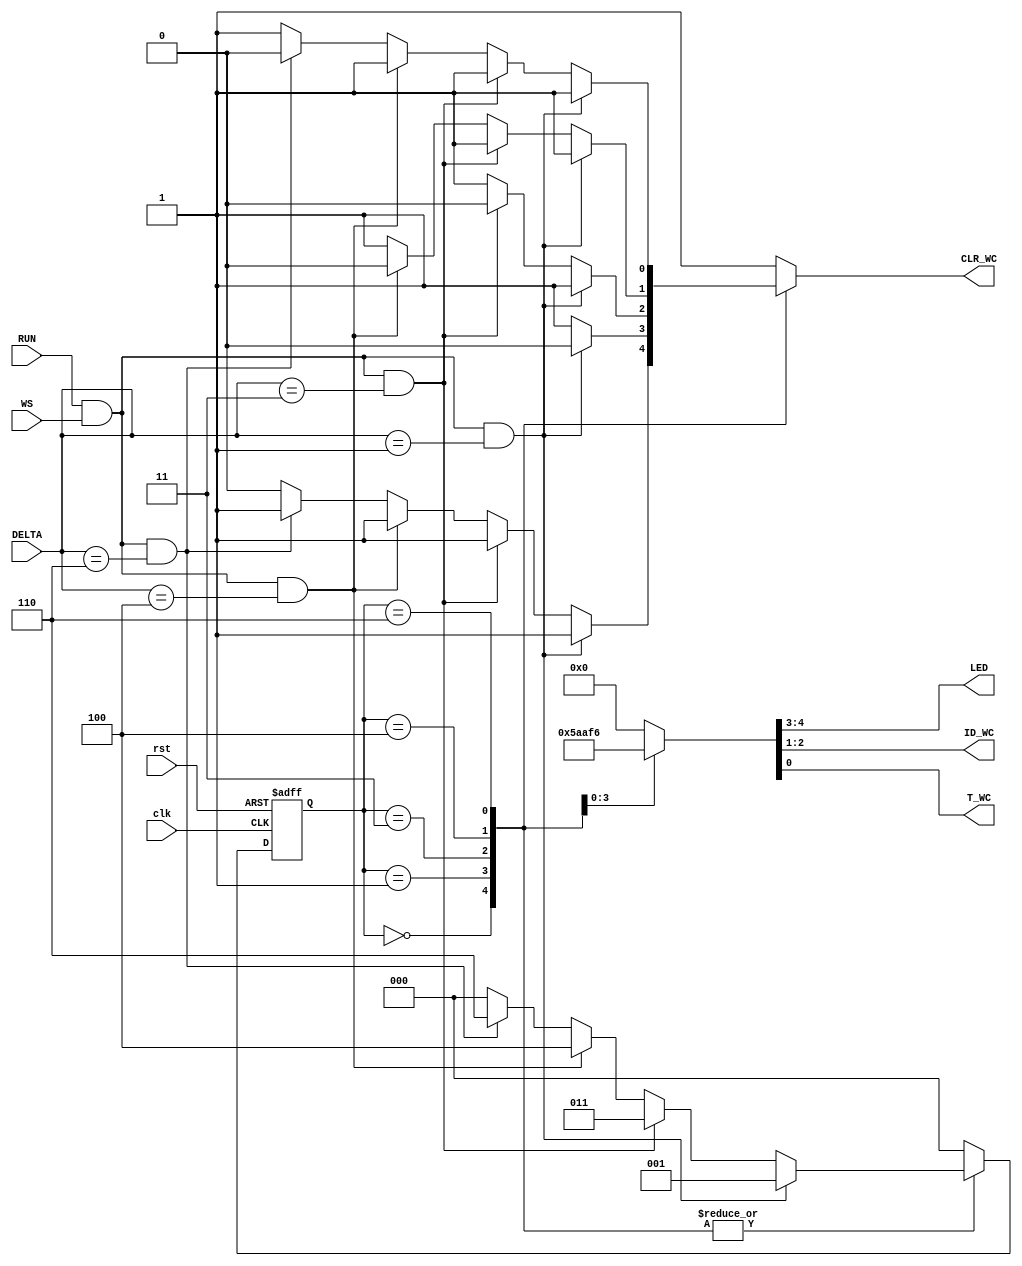
`timescale 1ns / 1ps
//////////////////////////////////////////////////////////////////////////////////
// Company: Gruppo 1
// 
// Design Name:
// Module Name: FSM
// Project Name: Thermostat Control System
// Target Devices: Basys 3
// Tool Versions: 
// Description: 
// 
// Dependencies: 
// 
// Revision:
// Revision 0.01 - File Created
// Additional Comments:
// 
//////////////////////////////////////////////////////////////////////////////////

module FSMM(
input wire clk,rst,
input wire RUN,WS,
input wire [2:0] DELTA,
output wire [1:0] LED,ID_WC,
output wire T_WC,
output reg CLR_WC
);

    reg [2:0] state,state_nxt;
    
    parameter OFF=3'b000,CALDO=3'b001,T_CALDO=3'b011,FREDDO=3'b100,T_FREDDO=3'b110;
    
    //state logic
    always@(posedge clk,posedge rst)
    if(rst==1'b1) state<=OFF;
    else state<=state_nxt;
    
    //state_nxt logic
    always@(state,RUN,WS,DELTA)
    case(state)
    OFF:
    begin
    if(RUN==1'b1 & WS==1'b1 & DELTA==3'b001) state_nxt=CALDO;
    else if(RUN==1'b1 & WS==1'b1 & DELTA==3'b011) state_nxt=T_CALDO;
    else if(RUN==1'b1 & WS==1'b1 & DELTA==3'b100) state_nxt=FREDDO;
    else if(RUN==1'b1 & WS==1'b1 & DELTA==3'b110) state_nxt=T_FREDDO;
    else state_nxt=OFF;
    end
    CALDO:
    begin
    if(RUN==1'b1 & WS==1'b1 & DELTA==3'b001) state_nxt=CALDO;
    else if(RUN==1'b1 & WS==1'b1 & DELTA==3'b011) state_nxt=T_CALDO;
    else if(RUN==1'b1 & WS==1'b1 & DELTA==3'b100) state_nxt=FREDDO;
    else if(RUN==1'b1 & WS==1'b1 & DELTA==3'b110) state_nxt=T_FREDDO;
    else state_nxt=OFF;
    end
    T_CALDO:
    begin
    if(RUN==1'b1 & WS==1'b1 & DELTA==3'b001) state_nxt=CALDO;
    else if(RUN==1'b1 & WS==1'b1 & DELTA==3'b011) state_nxt=T_CALDO;
    else if(RUN==1'b1 & WS==1'b1 & DELTA==3'b100) state_nxt=FREDDO;
    else if(RUN==1'b1 & WS==1'b1 & DELTA==3'b110) state_nxt=T_FREDDO;
    else state_nxt=OFF;
    end
    FREDDO:
    begin
    if(RUN==1'b1 & WS==1'b1 & DELTA==3'b001) state_nxt=CALDO;
    else if(RUN==1'b1 & WS==1'b1 & DELTA==3'b011) state_nxt=T_CALDO;
    else if(RUN==1'b1 & WS==1'b1 & DELTA==3'b100) state_nxt=FREDDO;
    else if(RUN==1'b1 & WS==1'b1 & DELTA==3'b110) state_nxt=T_FREDDO;
    else state_nxt=OFF;
    end
    T_FREDDO:
    begin
    if(RUN==1'b1 & WS==1'b1 & DELTA==3'b001) state_nxt=CALDO;
    else if(RUN==1'b1 & WS==1'b1 & DELTA==3'b011) state_nxt=T_CALDO;
    else if(RUN==1'b1 & WS==1'b1 & DELTA==3'b100) state_nxt=FREDDO;
    else if(RUN==1'b1 & WS==1'b1 & DELTA==3'b110) state_nxt=T_FREDDO;
    else state_nxt=OFF;
    end
    default: state_nxt=OFF;
    endcase
    
    //Moore output logic
    reg [4:0] out;
    
    always@(state)
    case(state)
    OFF:
    out=5'b00000;
    CALDO:
    out=5'b01011;
    T_CALDO:
    out=5'b01010;
    FREDDO:
    out=5'b10111;
    T_FREDDO:
    out=5'b10110;
    default: out=5'b00000;
    endcase
    
    
    assign {LED,ID_WC,T_WC} = out;
    
    //Mealy output logic (CLR_WC)
    always@(state,RUN,WS,DELTA)
    case(state)
    OFF:
    begin
    if(RUN==1'b1 & WS==1'b1 & DELTA==3'b001) CLR_WC=1'b1;
    else if(RUN==1'b1 & WS==1'b1 & DELTA==3'b011) CLR_WC=1'b1;
    else if(RUN==1'b1 & WS==1'b1 & DELTA==3'b100) CLR_WC=1'b1;
    else if(RUN==1'b1 & WS==1'b1 & DELTA==3'b110) CLR_WC=1'b1;
    else CLR_WC=1'b0;
    end
    CALDO:
    begin
    if(RUN==1'b1 & WS==1'b1 & DELTA==3'b001) CLR_WC=1'b0;
    else if(RUN==1'b1 & WS==1'b1 & DELTA==3'b011) CLR_WC=1'b1;
    else if(RUN==1'b1 & WS==1'b1 & DELTA==3'b100) CLR_WC=1'b1;
    else if(RUN==1'b1 & WS==1'b1 & DELTA==3'b110) CLR_WC=1'b1;
    else CLR_WC=1'b1;
    end
    T_CALDO:
    begin
    if(RUN==1'b1 & WS==1'b1 & DELTA==3'b001) CLR_WC=1'b1;
    else if(RUN==1'b1 & WS==1'b1 & DELTA==3'b011) CLR_WC=1'b0;
    else if(RUN==1'b1 & WS==1'b1 & DELTA==3'b100) CLR_WC=1'b1;
    else if(RUN==1'b1 & WS==1'b1 & DELTA==3'b110) CLR_WC=1'b1;
    else CLR_WC=1'b1;
    end
    FREDDO:
    begin
    if(RUN==1'b1 & WS==1'b1 & DELTA==3'b001) CLR_WC=1'b1;
    else if(RUN==1'b1 & WS==1'b1 & DELTA==3'b011) CLR_WC=1'b1;
    else if(RUN==1'b1 & WS==1'b1 & DELTA==3'b100) CLR_WC=1'b0;
    else if(RUN==1'b1 & WS==1'b1 & DELTA==3'b110) CLR_WC=1'b1;
    else CLR_WC=1'b1;
    end
    T_FREDDO:
    begin
    if(RUN==1'b1 & WS==1'b1 & DELTA==3'b001) CLR_WC=1'b1;
    else if(RUN==1'b1 & WS==1'b1 & DELTA==3'b011) CLR_WC=1'b1;
    else if(RUN==1'b1 & WS==1'b1 & DELTA==3'b100) CLR_WC=1'b1;
    else if(RUN==1'b1 & WS==1'b1 & DELTA==3'b110) CLR_WC=1'b0;
    else CLR_WC=1'b1;
    end
    default: CLR_WC=1'b1;
    endcase

endmodule